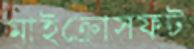
মাইক্রোসফট